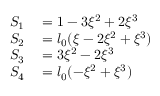
\begin{array} { r l } { S _ { 1 } } & { { } = 1 - 3 \xi ^ { 2 } + 2 \xi ^ { 3 } } \\ { S _ { 2 } } & { { } = l _ { 0 } ( \xi - 2 \xi ^ { 2 } + \xi ^ { 3 } ) } \\ { S _ { 3 } } & { { } = 3 \xi ^ { 2 } - 2 \xi ^ { 3 } } \\ { S _ { 4 } } & { { } = l _ { 0 } ( - \xi ^ { 2 } + \xi ^ { 3 } ) } \end{array}